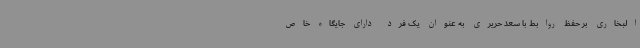
البخاری بر حفظ روابط با سعد حریری به عنوان یک فرد دارای جایگاه خاص